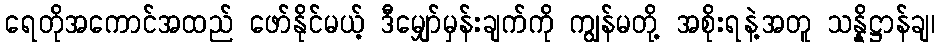
ရေတိုအကောင်အထည် ဖော်နိုင်မယ့် ဒီမျှော်မှန်းချက်ကို ကျွန်မတို့ အစိုးရနဲ့အတူ သန္နိဋ္ဌာန်ချ၊